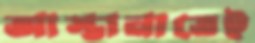
আস্তানাতেই